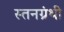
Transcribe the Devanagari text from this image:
स्तनग्रंथी